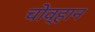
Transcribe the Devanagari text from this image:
चोव्हान